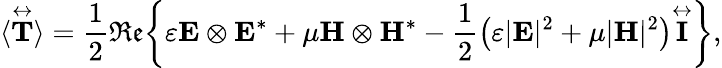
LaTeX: \langle\overset\leftrightarrow{\mathbf{T}}\rangle=\frac{1}{2}\mathfrak{Re}\bigg\{ \varepsilon\mathbf{E}\otimes\mathbf{E}^{*}+\mu\mathbf{H}\otimes\mathbf{H}^{*}-\frac{1}{2}\big(\varepsilon|\mathbf{E}|^{2}+\mu|\mathbf{H}|^{2}\big)\overset\leftrightarrow{\mathbf{I}}\bigg\} ,